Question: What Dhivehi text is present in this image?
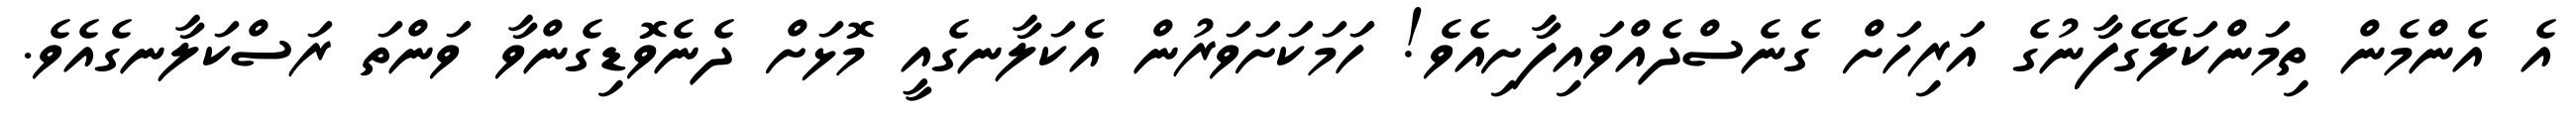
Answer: އެ އެންމެން ތިމަންކަލޭގެފާނުގެ އަރިހަށް ގެނެސްދެއްވައިފާށިއެވެ! ހަމަކަށަވަރުން އެކަލާނގެއީ މޮޅަށް ދެނެވޮޑިގެންވާ ވަންތަ ރަސްކަލާނގެއެވެ.